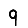
Digit: 9